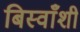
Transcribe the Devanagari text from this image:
बिस्वाँशी